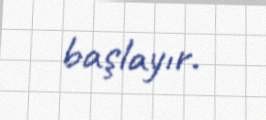
başlayır.